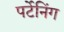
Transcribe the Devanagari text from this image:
पर्टेनिंग